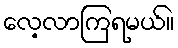
လေ့လာကြရမယ်။